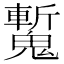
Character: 𩴕